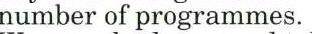
number of programmes.